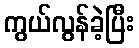
ကွယ်လွန်ခဲ့ပြီး